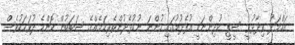
އަހްމަދު ވިދާޅުވީ ސީޕީ ކުދިންނަކީ އުފެދުމުގައި ހުންނަ ނުކުޅެދުންތެރިކަމެއްގެ ސަބަބުން ކޮންމެ ދުވަހަކުވެސް